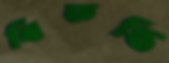
বিতস্তি